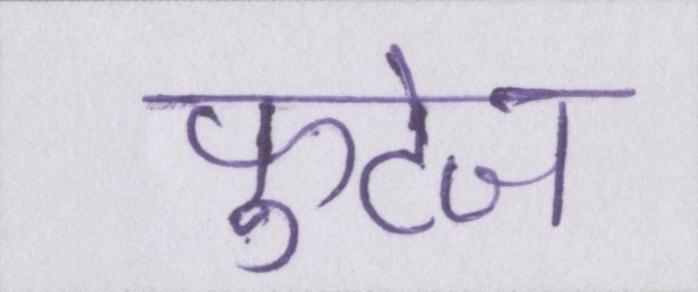
फुटेज